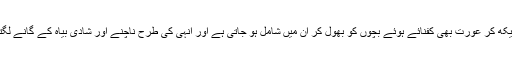
انہیں دیکھ کر عورت بھی کفنائے ہوئے بچوں کو بھول کر ان میں شامل ہو جاتی ہے اور انہی کی طرح ناچنے اور شادی بیاہ کے گانے لگتی ہے۔